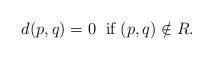
LaTeX: \begin{align*} \textrm{ $d(p,q)=0$\; if $(p,q)\notin R$.}\end{align*}